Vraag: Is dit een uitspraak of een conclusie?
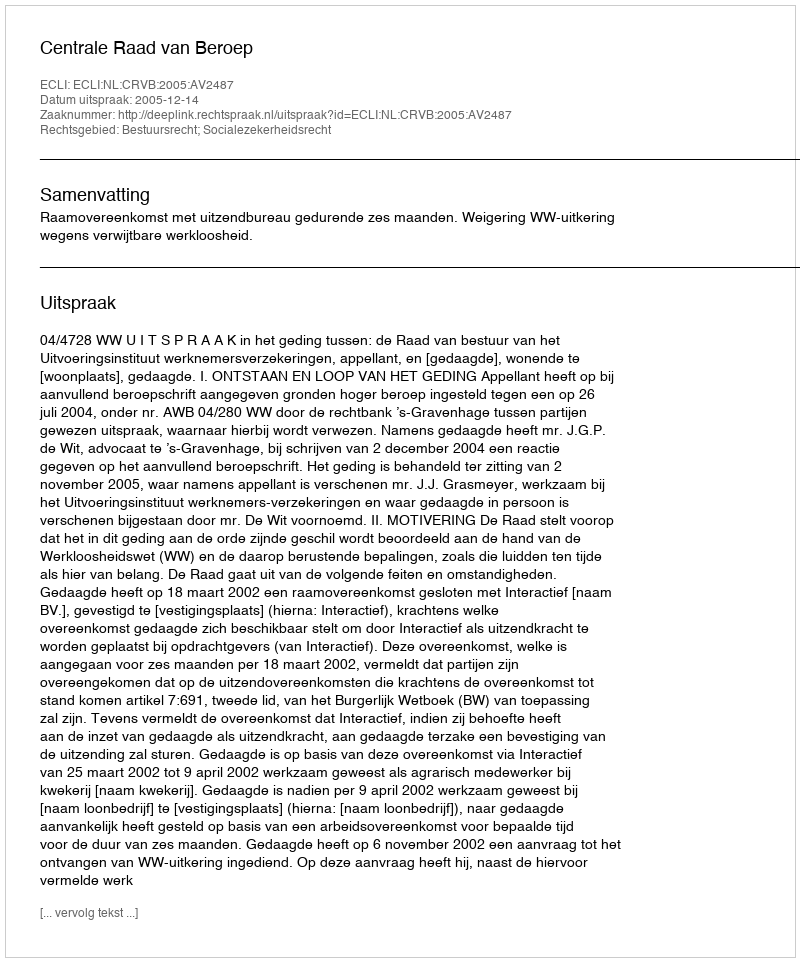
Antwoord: Uitspraak